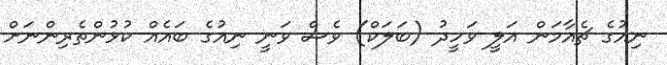
ނިއުގެ ޗެއާމަން އަލީ ވަހީދު (ބަލަކް) ވެސް ވަނީ ނިއުގެ ބައެއް ކުޅުންތެރިންނަށް